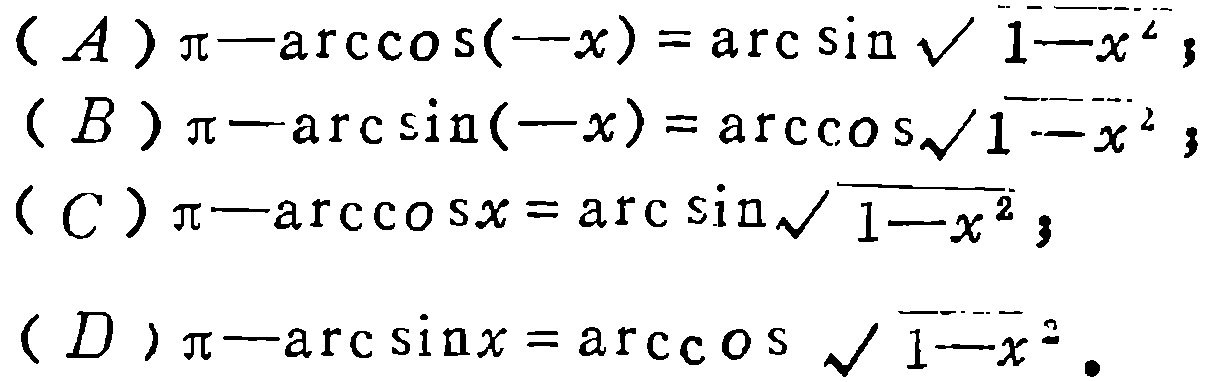
$(A)\pi - \arccos(-x)=\arcsin\sqrt{1 - x^{2}};$
$(B)\pi - \arcsin(-x)=\arccos\sqrt{1 - x^{2}};$
$(C)\pi - \arccos x=\arcsin\sqrt{1 - x^{2}};$
$(D)\pi - \arcsin x=\arccos\sqrt{1 - x^{2}}.$